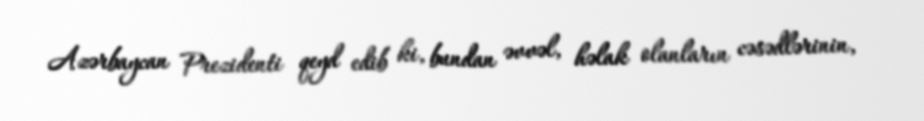
Azərbaycan Prezidenti qeyd edib ki, bundan əvvəl, həlak olanların cəsədlərinin,